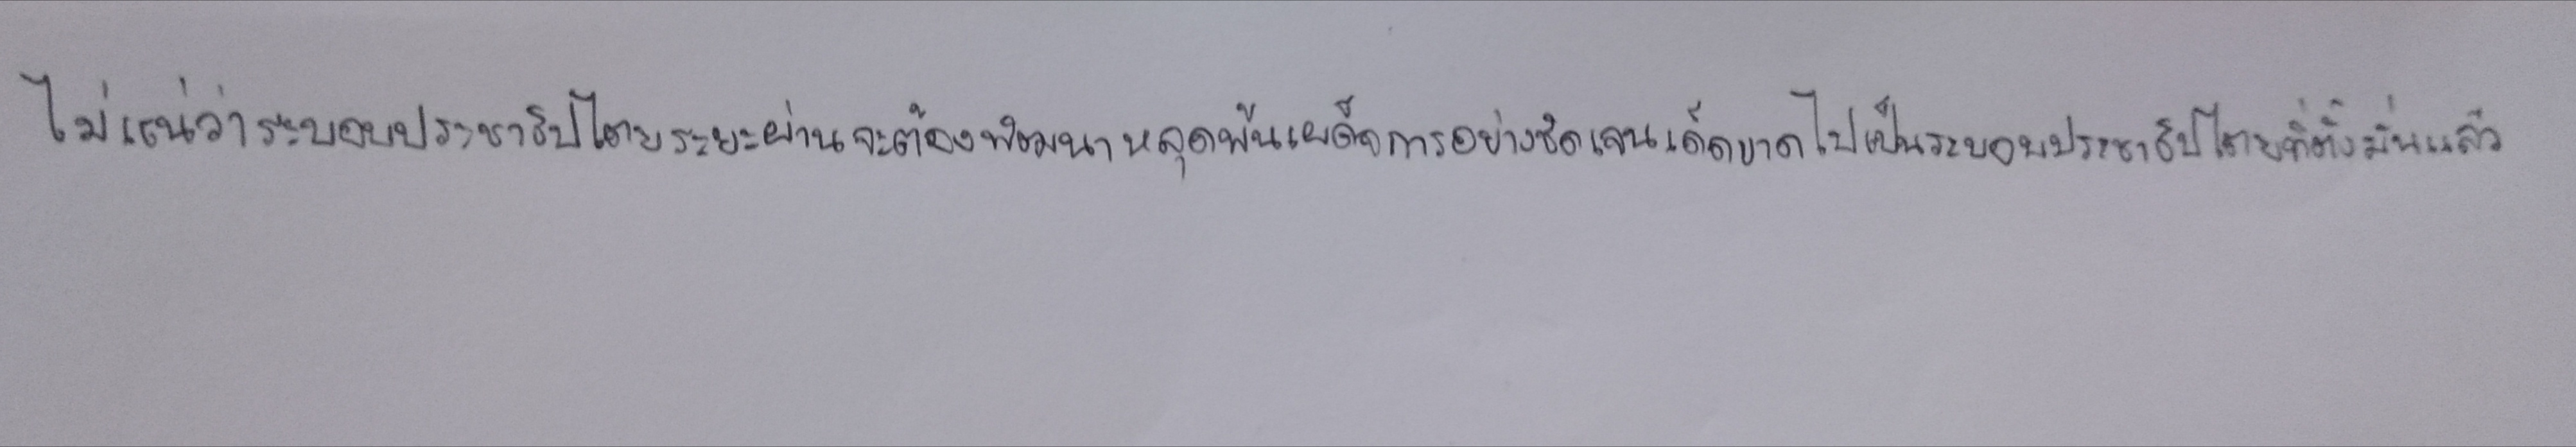
ไม่แน่ว่าระบอบประชาธิปไตยระยะผ่านจะต้องพัฒนาหลุดพ้นเผด็จการอย่างชัดเจนเด็ดขาดไปเป็นระบอบประชาธิปไตยที่ตั้งมั่นแล้ว